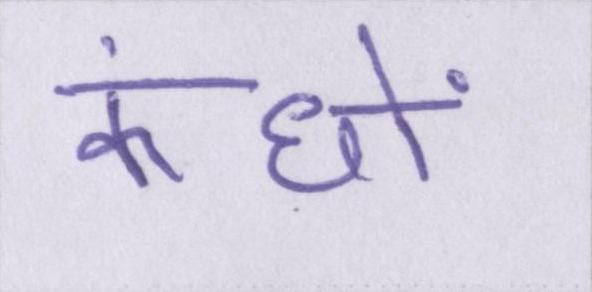
कंधों